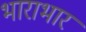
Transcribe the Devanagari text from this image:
भाराभार